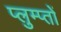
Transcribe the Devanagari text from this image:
प्लुम्प्तों